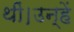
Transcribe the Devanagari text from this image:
थीं।उन्हें